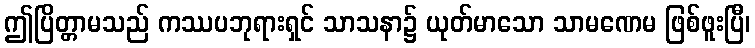
ဤပြိတ္တာမသည် ကဿပဘုရားရှင် သာသနာ၌ ယုတ်မာသော သာမဏေမ ဖြစ်ဖူးပြီ၊